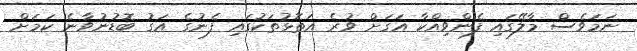
ނަމަވެސް މާލޭގައި ފެންވިއްކާ އަގަށް ވުރެ އަތޮޅުތަކުގައި ފެނުގެ އަގު ބޮޑުނުވާނެ ކަމަށް